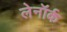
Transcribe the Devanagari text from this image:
लेनॉर्क